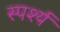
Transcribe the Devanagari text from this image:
स्पर्श्य